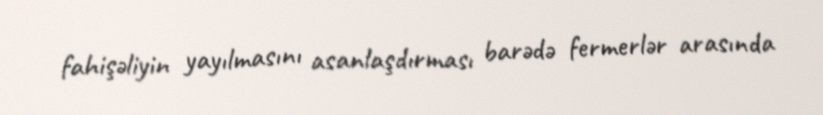
fahişəliyin yayılmasını asanlaşdırması barədə fermerlər arasında